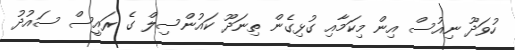
ހުވަދޫ ނިއުސް އިން މިކަމާއި ގުޅިގެން ތިނަދޫ ކައުންސިލް ގެ ރައީސް ސައުދު